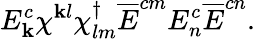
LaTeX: E_{\mathbf{k}}^{c}\chi^{\mathbf{k}l}\chi_{lm}^{\dagger}\overline{{{E}}}^{cm}E_{n}^{c}\overline{{{E}}}^{cn}.